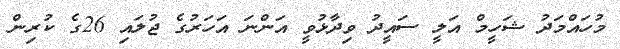
މުހައްމަދު ޝަހީމް އަލީ ސައީދު ވިދާޅުވީ އަންނަ އަހަރުގެ ޖުލައި 26ގެ ކުރިން